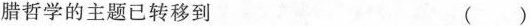
腊哲学的主题已转移到 ( )